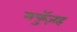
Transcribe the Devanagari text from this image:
मफुॅज़ह